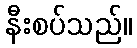
နီးစပ်သည်။